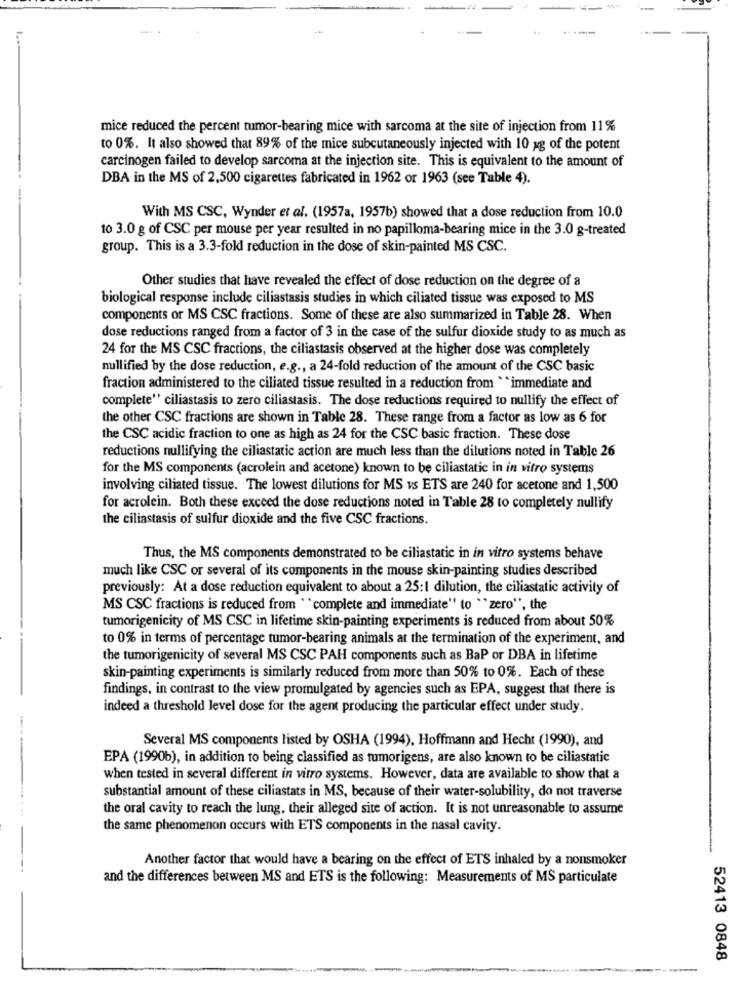
mice reduced the percent tumor-bearing mice with sarcoma at the site of injection from 11%
to 0%. It also showed that 89% of the mice subcutaneously injected with 10 ag of the potent
carcinogen failed to develop sarcoma at the injection site. This is equivalent to the amount of
DBA in the MS of 2,500 cigarettes fabricated in 1962 or 1963 (see Table 4).
With MS CSC, Wynder et al. (1957a, 1957b) showed that a dose reduction from 10.0
10 3.0 g of CSC per mouse per year resulted in no papilloma-bearing mice in the 3.0 g-treated
group. This is a 3.3-fold reduction in the dose of skin-painted MS CSC.
Other studies that have revealed the effect of dose reduction on the degree of a
biological response include ciliastasis studies in which ciliated tissue was exposed to MS
components or MS CSC fractions. Some of these are also summarized in Table 28. When
dose reductions ranged from a factor of 3 in the case of the sulfur dioxide study to as much as
24 for the MS CSC fractions, the ciliastasis observed at the higher dose was completely
nullified by the dose reduction, e.g ., a 24-fold reduction of the amount of the CSC basic
fraction administered to the ciliated tissue resulted in a reduction from " immediate and
complete"' ciliastasis to zero ciliastasis. The dose reductions required to nullify the effect of
the other CSC fractions are shown in Table 28. These range from a factor as low as 6 for
the CSC acidic fraction to one as high as 24 for the CSC basic fraction. These dose
reductions nullifying the ciliastatic action are much less than the dilutions noted in Table 26
for the MS components (acrolein and acetone) known to be ciliastatic in in vitro systems
involving ciliated tissue. The lowest dilutions for MS vs ETS are 240 for acetone and 1,500
for acrolein. Both these exceed the dose reductions noted in Table 28 to completely nullify
the ciliastasis of sulfur dioxide and the five CSC fractions.
Thus, the MS components demonstrated to be ciliastatic in in vitro systems behave
much like CSC or several of its components in the mouse skin-painting studies described
previously: At a dose reduction equivalent to about a 25:1 dilution, the ciliastatic activity of
MS CSC fractions is reduced from "complete and immediate" to ""zero", the
tumorigenicity of MS CSC in lifetime skin-painting experiments is reduced from about 50%
to 0% in terms of percentage tumor-bearing animals at the termination of the experiment, and
the tumorigenicity of several MS CSC PAH components such as BaP or DBA in lifetime
skin-painting experiments is similarly reduced from more than 50% to 0%. Each of these
findings, in contrast to the view promulgated by agencies such as EPA, suggest that there is
indeed a threshold level dose for the agent producing the particular effect under study.
Several MS components listed by OSHA (1994). Hoffmann and Hecht (1990), and
EPA (1990b), in addition to being classified as tumorigens, are also known to be ciliastatic
---
when tested in several different in vitro systems. However, data are available to show that a
substantial amount of these ciliastats in MS, because of their water-solubility, do not traverse
the oral cavity to reach the lung, their alleged site of action. It is not unreasonable to assume
the same phenomenon occurs with ETS components in the nasal cavity.
Another factor that would have a bearing on the effect of ETS inhaled by a nonsmoker
and the differences between MS and ETS is the following: Measurements of MS particulate
52413 0848